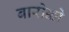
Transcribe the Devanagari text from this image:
बारोक्को